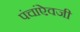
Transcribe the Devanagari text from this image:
पंचांऐवजी